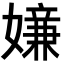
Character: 𡡫